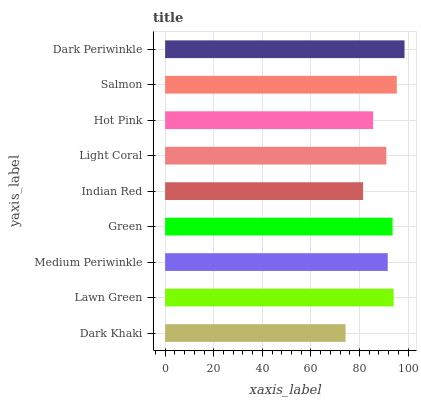
| yaxis_label | bars |
 | --- | --- |
 | Dark Khaki | 74.3 |
 | Lawn Green | 94 |
 | Medium Periwinkle | 91.6 |
 | Green | 93.6 |
 | Indian Red | 81.5 |
 | Light Coral | 91 |
 | Hot Pink | 85.6 |
 | Salmon | 95.3 |
 | Dark Periwinkle | 98.5 |